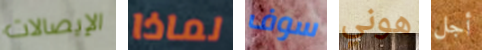
الإيصالات لماذا سوف هوني أجل